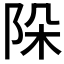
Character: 𨹄